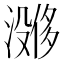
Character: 𪷔